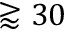
\gtrapprox 3 0